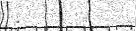
: